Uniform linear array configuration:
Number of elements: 48
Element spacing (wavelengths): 0.25
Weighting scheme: hann
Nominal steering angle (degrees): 60
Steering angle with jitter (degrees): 61.927
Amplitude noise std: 0.05
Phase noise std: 0.05

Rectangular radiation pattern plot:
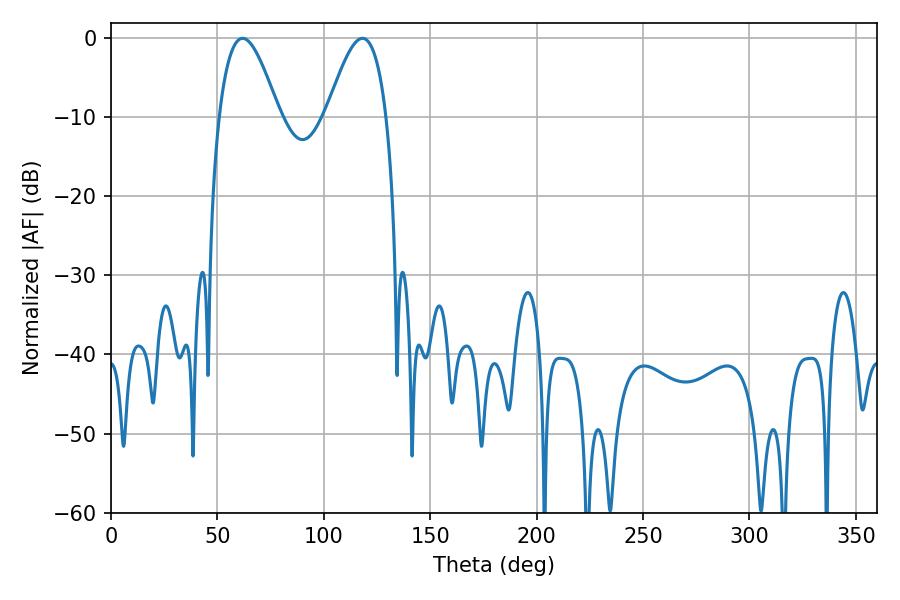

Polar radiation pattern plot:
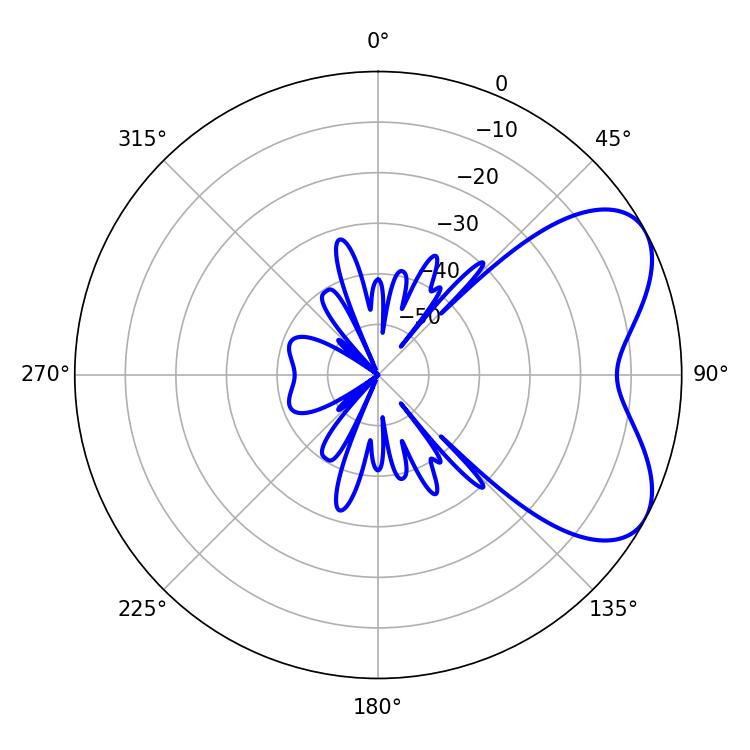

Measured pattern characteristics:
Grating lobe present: FALSE
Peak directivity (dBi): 5.764
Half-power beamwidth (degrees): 15.12
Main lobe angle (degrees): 61.92